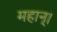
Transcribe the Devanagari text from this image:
महान्‌।